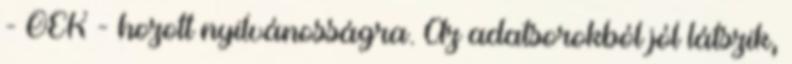
- OEK - hozott nyilvánosságra. Az adatsorokból jól látszik,